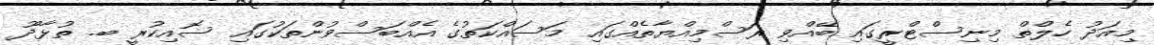
މިއަދު ހެލްތް މިނިސްޓްރީގައި ބޭއްވި ރަސްމިއްޔާތެއްގައި މަސައްކަތުގެ އެއްބަސްވުންތަކުގައި ސޮއިކުރީ ބ. ތުޅާދޫ